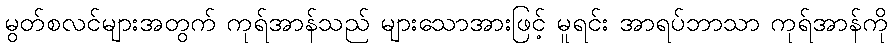
မွတ်စလင်များအတွက် ကုရ်အာန်သည် များသောအားဖြင့် မူရင်း အာရပ်ဘာသာ ကုရ်အာန်ကို